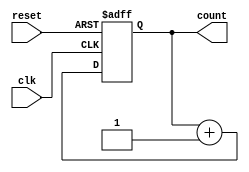
module gray_counter (
    input wire clk,
    input wire reset,
    output reg [3:0] count
);

reg [3:0] next_count;

always @(posedge clk or posedge reset) begin
    if (reset) begin
        count <= 4'b0000;
    end else begin
        count <= next_count;
    end
end

always @* begin
    next_count = count + 1;
end

endmodule